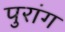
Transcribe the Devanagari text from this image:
पुरांग